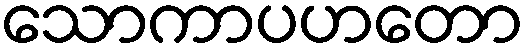
သောကာပဟတော